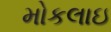
મોકલાઇ